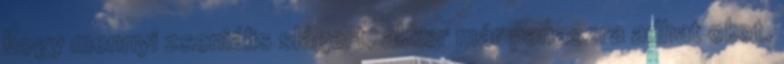
hogy mennyi zseniális slágert, akkor már panaszra adhat okot,